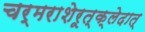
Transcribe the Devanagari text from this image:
चर्मराशेरूत्क्लेदात्